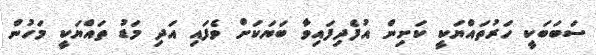
ސަބަބަކީ ހަރުތައްޔަކީ ކަށިން އުފެދިފައިވާ ބަޔަކަށް ވެފައި އަދި މަޑު ތައްޔަކީ މަހުން